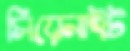
সিয়েনাইট